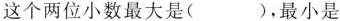
这个两位小数最大是( )，最小是